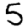
Digit: 5